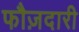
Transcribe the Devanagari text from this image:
फौज़दारी